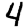
Digit: 4